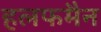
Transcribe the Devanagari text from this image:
हलफमैन